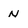
Character: N